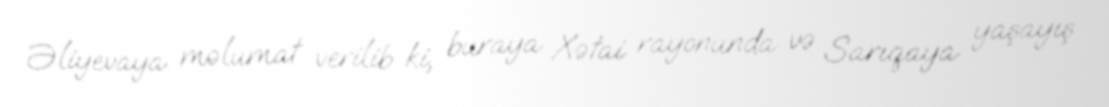
Əliyevaya məlumat verilib ki, buraya Xətai rayonunda və Sarıqaya yaşayış